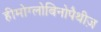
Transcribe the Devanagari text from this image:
हीमोग्लोबिनोपैथीज़